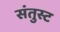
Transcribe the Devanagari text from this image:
संतुस्ट